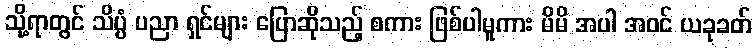
သို့ရာတွင် သိပ္ပံ ပညာ ရှင်များ ပြောဆိုသည့် စကား ဖြစ်ပါမူကား မိမိ အပါ အဝင် ယခုခတ်